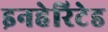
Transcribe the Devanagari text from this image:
इनहेरिटेड